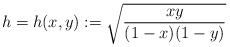
\begin{align*}h=h(x,y):=\sqrt\frac{xy}{(1-x)(1-y)}\end{align*}